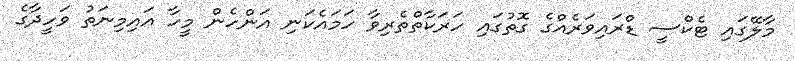
މާލޭގައި ޓެކްސީ ޑްރައިވަރެއްގެ ގޮތުގައި ހަރަކާތްތެރިވާ ހަމައެކަނި އަންހެން މީހާ އައިމިނަތު ވަހީދާގެ